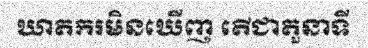
ឃាតករមិនឃើញ តើជាតួនាទី